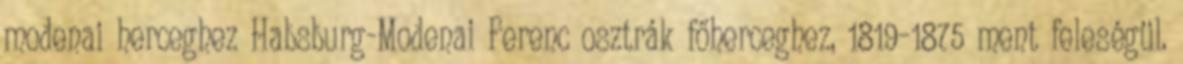
modenai herceghez Habsburg-Modenai Ferenc osztrák főherceghez, 1819–1875 ment feleségül.